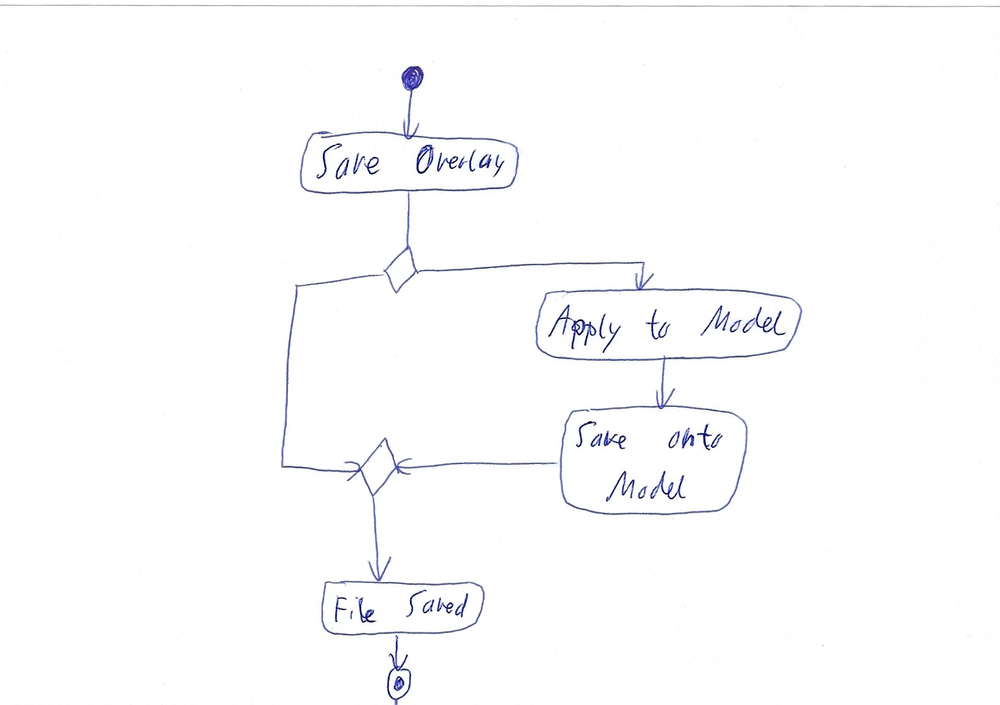
Diagram type: activity_diagram
```plantuml
@startuml

start

:Save Overlay;

if ()
  :Apply to Model;
  :Save onto Model;
else

endif

:File Saved;

stop

@enduml
```